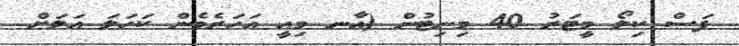
ފަސް ކިލޯ މީޓަރު 40 މިނިޓުން (އާނ މިއީ އަހަރެމެން ކަހަލަ އަލަށް